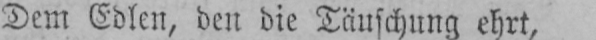
Dem Edlen, den die Täuschung ehrt,